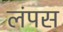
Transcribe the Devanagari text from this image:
लंपस